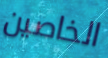
الخاصين